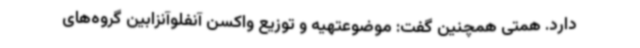
دارد. همتی همچنین گفت: موضوعتهیه و توزیع واکسن آنفلوآنزابین گروه‌های